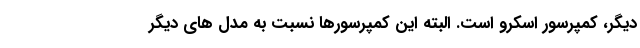
دیگر، کمپرسور اسکرو است. البته این کمپرسورها نسبت به مدل های دیگر